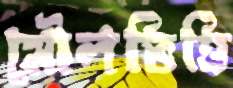
মৌলভিত্তি